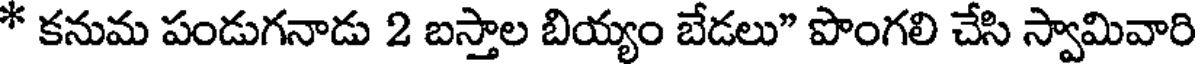
* కనుమ పండుగనాడు 2 బస్తాల బియ్యం బేడలు" పొంగలి చేసి స్వామివారి